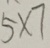
5 \times 7